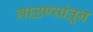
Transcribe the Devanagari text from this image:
गाळण्यांतून